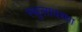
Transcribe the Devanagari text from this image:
स्थुलावस्था